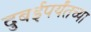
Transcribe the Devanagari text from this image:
दुबईपर्यंतच्या